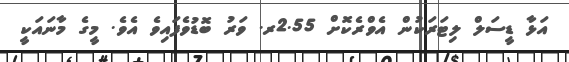
އަޅާ ޑީސަލް ލިޓަރަކުން އެވްރެކޮށް 2.55ރ. ވަރު ބޮޑުވެފައިވެ އެވެ. މީގެ މާނައަކީ